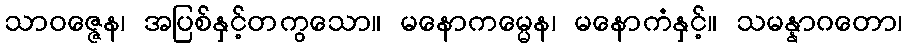
သာဝဇ္ဇေန၊ အပြစ်နှင့်တကွသော။ မနောကမ္မေန၊ မနောကံနှင့်။ သမန္နာဂတော၊